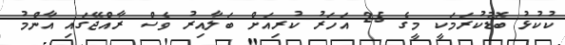
ކުކުޅު ބޮޑުކުރަމަކީ މީގެ 25 އަހަރު ކުރިއަށް ބަލާއިރު ވެސް ރާއްޖޭގައި އާންމު